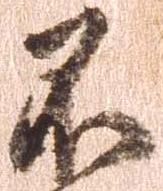
不